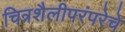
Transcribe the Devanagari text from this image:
चित्रशैलीपरंपरेचे